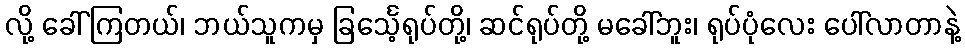
လို့ ခေါ်ကြတယ်၊ ဘယ်သူကမှ ခြင်္သေ့ရုပ်တို့၊ ဆင်ရုပ်တို့ မခေါ်ဘူး၊ ရုပ်ပုံလေး ပေါ်လာတာနဲ့